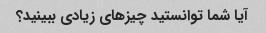
آیا شما توانستید چیزهای زیادی ببینید؟